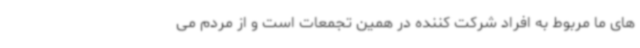
های ما مربوط به افراد شرکت کننده در همین تجمعات است و از مردم می